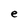
Character: e